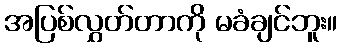
အပြစ်လွှတ်တာကို မခံချင်ဘူး။